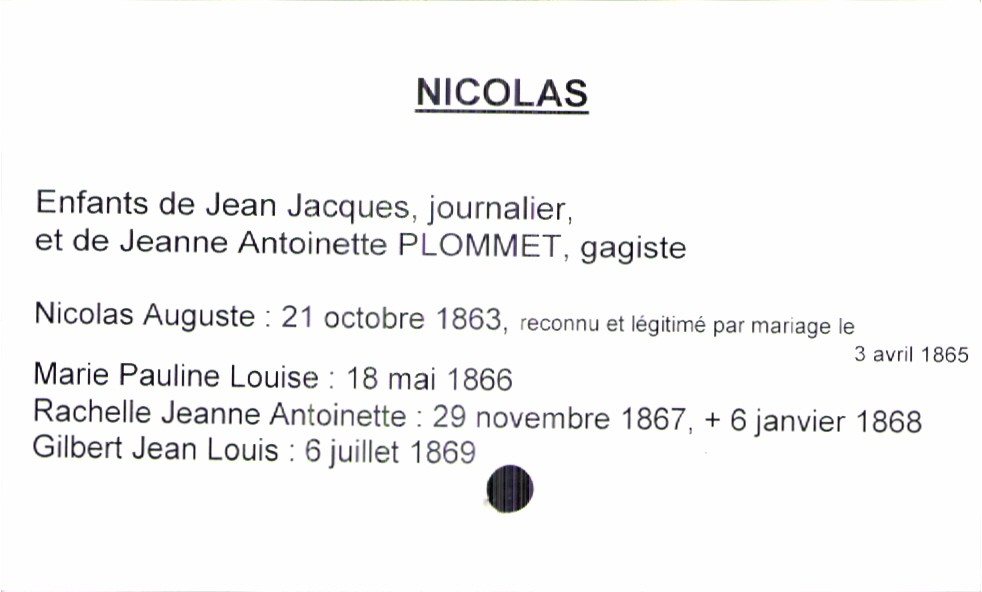
type_acte: Baptême
observations: mariage entre Jean Jacques Nicolas et Antoinette Plommet le 3 avril 18765
filiation: fils
enfant_prénom: Gilbert Jean Louis
enfant_date_de_naissance: 6 juillet 1869
enfant_date_de_décès: 6 janvier 1868
père_enfant_nom: Nicolas
père_enfant_prénom: Jean Jacques
père_enfant_profession: journalier
mère_enfant_nom: Plommet
mère_enfant_prénom: Jeanne Antoinette
mère_enfant_profession: gagiste